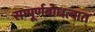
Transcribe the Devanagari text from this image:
सम्पूर्णबोधत्वात्